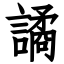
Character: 譎